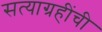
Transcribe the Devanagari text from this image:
सत्याग्रहींची